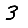
Digit: 3